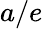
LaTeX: a/e